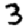
Digit: 3